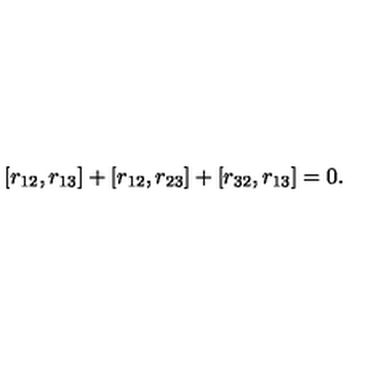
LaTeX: [ r _ { 1 2 } , r _ { 1 3 } ] + [ r _ { 1 2 } , r _ { 2 3 } ] + [ r _ { 3 2 } , r _ { 1 3 } ] = 0 .